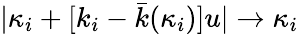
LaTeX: |\kappa_{i}+[k_{i}-\bar{k}(\kappa_{i})]u|\rightarrow\kappa_{i}